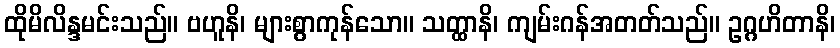
ထိုမိလိန္ဒမင်းသည်။ ဗဟူနိ၊ များစွာကုန်သော။ သတ္ထာနိ၊ ကျမ်းဂန်အတတ်သည်။ ဥဂ္ဂဟိတာနိ၊